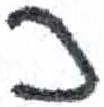
אות: כ